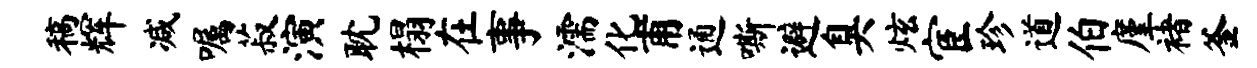
稿辉减嘱菽演耽榻在事濡化甫通嘶避臭炫宦珍道伯廑褚釜